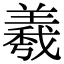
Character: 羲